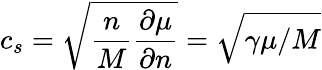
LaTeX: c_{s}=\sqrt{\frac{n}{M}\frac{\partial\mu}{\partial n}}=\sqrt{\gamma\mu/M}